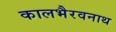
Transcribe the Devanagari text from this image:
कालभैरवनाथ